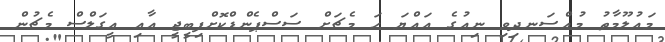
މައުލޫމާތު މުއްސަނދިވި ނިއުގެ އައްޔަ ހަ މެޗަށް ސަސްޕެންޑްކޮށްފިބީޖީ އާއި އީގަލްސް މެޗުން